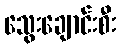
သွေးချောင်းစီး